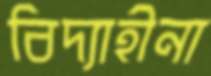
বিদ্যাহীনা